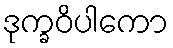
ဒုက္ခဝိပါကော